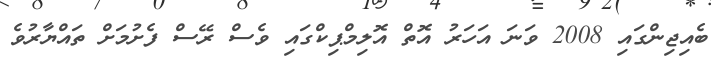
ބެއިޖިންގައި 2008 ވަނަ އަހަރު އޮތް އޮލިމްޕިކްގައި ވެސް ރޭސް ފެށުމަށް ތައްޔާރުވެ